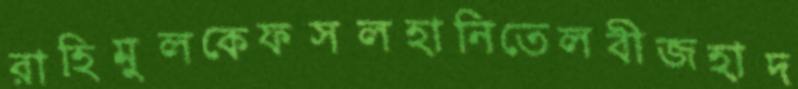
রাহিমুলকেফসলহানিতেলবীজহাদ